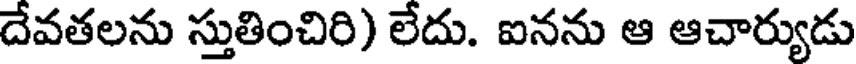
దేవతలను స్తుతించిరి) లేదు. ఐనను ఆ ఆచార్యుడు